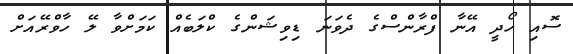
ސޮއި ހޯދީ އޭނާ ފްރާންސްގެ ދެވަނަ ޑިވިޝަންގެ ކްލަބެއް ކަމަށްވާ ލޭ ހާވްރޭއަށް